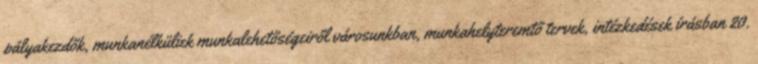
pályakezdők, munkanélküliek munkalehetőségeiről városunkban, munkahelyteremtő tervek, intézkedések írásban 20.